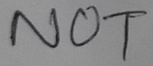
Text: NOT